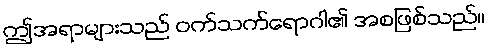
ဤအရာများသည် ဝက်သက်ရောဂါ၏ အစဖြစ်သည်။